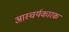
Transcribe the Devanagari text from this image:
आस्चर्यकारक